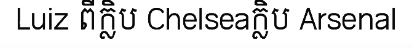
Luiz ពីក្លិប Chelseaក្លិប Arsenal